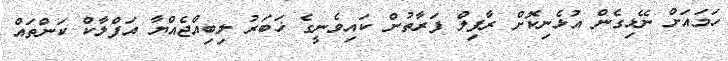
ހަމައަށް ނޭޅިގެން އުޅެނިކޮށް ރާފިލް ފަރާތުން ކައިވެނީގެ ޚަބަރު ލިބިއްޖެއްޔާ އަފްލާކް ކަންތައް